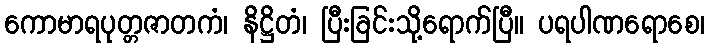
ကောမာရပုတ္တဇာတကံ၊ နိဋ္ဌိတံ၊ ပြီးခြင်းသို့ရောက်ပြီ။ ပရပါဏရောစေ၊